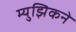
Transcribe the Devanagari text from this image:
म्युझिकने